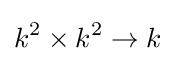
k^{2}\times k^{2}\to k